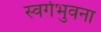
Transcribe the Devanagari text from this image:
स्वर्गभुवना